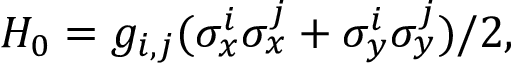
H _ { 0 } = g _ { i , j } ( \sigma _ { x } ^ { i } \sigma _ { x } ^ { j } + \sigma _ { y } ^ { i } \sigma _ { y } ^ { j } ) / 2 ,